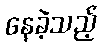
နေခဲ့သည့်